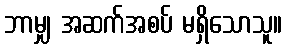
ဘာမျှ အဆက်အစပ် မရှိသောသူ။